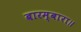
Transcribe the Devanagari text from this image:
बारम्बारा॥